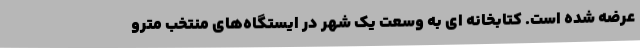
عرضه شده است. کتابخانه ای به وسعت یک شهر در ایستگاه‌های منتخب مترو